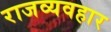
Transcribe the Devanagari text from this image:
राजव्यवहार